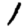
Digit: 1